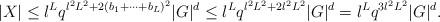
LaTeX: \begin{align*}|X|\leq l^Lq^{l^2L^2+2(b_1+\cdots+b_L)^2}|G|^d\leq l^Lq^{l^2L^2+2l^2L^2}|G|^d=l^Lq^{3l^2L^2}|G|^d.\end{align*}